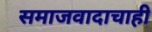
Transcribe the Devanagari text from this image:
समाजवादाचाही